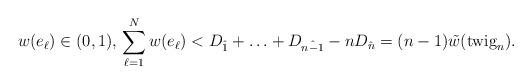
LaTeX: \begin{align*} w(e_\ell) \in (0,1), \, \sum_{\ell = 1}^N w(e_\ell) < D_{\hat 1} + \ldots + D_{\hat{n-1}} - nD_{\hat n} = (n-1)\tilde w (\mbox{twig}_n) .\end{align*}